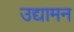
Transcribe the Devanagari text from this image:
उद्यामन